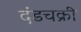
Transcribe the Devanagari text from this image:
दंडचक्री